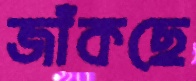
জাঁকছে